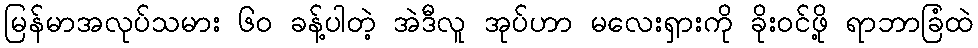
မြန်မာအလုပ်သမား ၆၀ ခန့်ပါတဲ့ အဲဒီလူ အုပ်ဟာ မလေးရှားကို ခိုးဝင်ဖို့ ရာဘာခြံထဲ